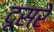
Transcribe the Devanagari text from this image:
दूसरेे